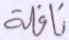
نافلة